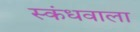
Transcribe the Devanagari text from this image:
स्कंधवाला